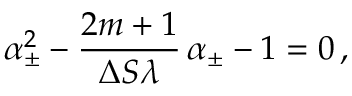
\alpha _ { \pm } ^ { 2 } - \frac { 2 m + 1 } { \Delta S \lambda } \, \alpha _ { \pm } - 1 = 0 \, ,